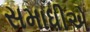
સમાધીએ